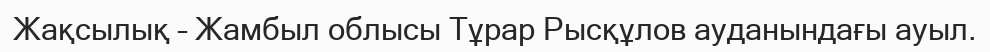
Жақсылық – Жамбыл облысы Тұрар Рысқұлов ауданындағы ауыл.